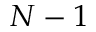
N - 1